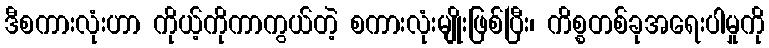
ဒီစကားလုံးဟာ ကိုယ့်ကိုကာကွယ်တဲ့ စကားလုံးမျိုးဖြစ်ပြီး၊ ကိစ္စတစ်ခုအရေးပါမှုကို